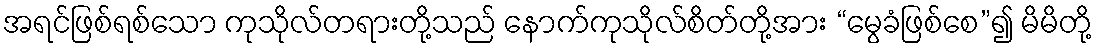
အရင်ဖြစ်ရစ်သော ကုသိုလ်တရားတို့သည် နောက်ကုသိုလ်စိတ်တို့အား “မွေခံဖြစ်စေ”၍ မိမိတို့